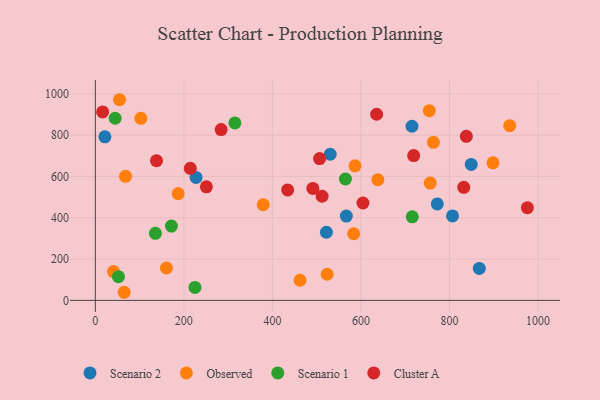
{"axis": {"x": "Ad Spend", "y": "Salary"}, "legend": ["Cluster A", "Observed", "Scenario 1", "Scenario 2"], "data": [{"x": "849.2", "y": 658.5, "type": "Scenario 2"}, {"x": "567.0", "y": 408.4, "type": "Scenario 2"}, {"x": "21.6", "y": 792.0, "type": "Scenario 2"}, {"x": "806.9", "y": 408.9, "type": "Scenario 2"}, {"x": "522.0", "y": 330.0, "type": "Scenario 2"}, {"x": "772.5", "y": 467.1, "type": "Scenario 2"}, {"x": "227.6", "y": 595.6, "type": "Scenario 2"}, {"x": "715.3", "y": 843.2, "type": "Scenario 2"}, {"x": "867.4", "y": 155.0, "type": "Scenario 2"}, {"x": "530.6", "y": 707.6, "type": "Scenario 2"}, {"x": "583.6", "y": 322.7, "type": "Observed"}, {"x": "586.7", "y": 651.5, "type": "Observed"}, {"x": "756.6", "y": 568.3, "type": "Observed"}, {"x": "898.3", "y": 666.1, "type": "Observed"}, {"x": "763.7", "y": 765.3, "type": "Observed"}, {"x": "160.7", "y": 156.8, "type": "Observed"}, {"x": "523.7", "y": 126.5, "type": "Observed"}, {"x": "936.1", "y": 845.8, "type": "Observed"}, {"x": "68.3", "y": 600.7, "type": "Observed"}, {"x": "65.2", "y": 39.3, "type": "Observed"}, {"x": "187.1", "y": 517.4, "type": "Observed"}, {"x": "462.5", "y": 97.5, "type": "Observed"}, {"x": "54.7", "y": 971.7, "type": "Observed"}, {"x": "754.5", "y": 918.7, "type": "Observed"}, {"x": "102.9", "y": 881.5, "type": "Observed"}, {"x": "638.2", "y": 584.4, "type": "Observed"}, {"x": "379.3", "y": 463.6, "type": "Observed"}, {"x": "41.1", "y": 139.6, "type": "Observed"}, {"x": "135.7", "y": 324.6, "type": "Scenario 1"}, {"x": "52.3", "y": 115.0, "type": "Scenario 1"}, {"x": "44.8", "y": 882.1, "type": "Scenario 1"}, {"x": "565.0", "y": 587.8, "type": "Scenario 1"}, {"x": "716.0", "y": 404.8, "type": "Scenario 1"}, {"x": "315.3", "y": 859.2, "type": "Scenario 1"}, {"x": "171.9", "y": 359.9, "type": "Scenario 1"}, {"x": "225.1", "y": 62.6, "type": "Scenario 1"}, {"x": "284.2", "y": 827.1, "type": "Cluster A"}, {"x": "512.3", "y": 504.2, "type": "Cluster A"}, {"x": "250.9", "y": 550.0, "type": "Cluster A"}, {"x": "838.1", "y": 794.3, "type": "Cluster A"}, {"x": "635.5", "y": 901.3, "type": "Cluster A"}, {"x": "506.6", "y": 686.7, "type": "Cluster A"}, {"x": "491.4", "y": 542.2, "type": "Cluster A"}, {"x": "16.5", "y": 912.7, "type": "Cluster A"}, {"x": "214.6", "y": 639.3, "type": "Cluster A"}, {"x": "434.5", "y": 534.9, "type": "Cluster A"}, {"x": "604.6", "y": 471.5, "type": "Cluster A"}, {"x": "719.1", "y": 701.2, "type": "Cluster A"}, {"x": "976.0", "y": 449.0, "type": "Cluster A"}, {"x": "138.2", "y": 676.6, "type": "Cluster A"}, {"x": "832.3", "y": 547.6, "type": "Cluster A"}]}